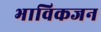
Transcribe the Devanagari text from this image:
भाविकजन